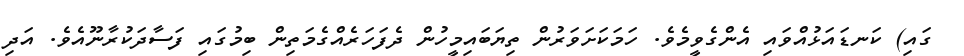
ގައި) ކަނޑައަޅުއްވައި އެންގެވީމެވެ. ހަމަކަށަވަރުން ތިޔަބައިމީހުން ދެފަހަރެއްގެމަތިން ބިމުގައި ފަސާދަކުރާނޫއެވެ. އަދި